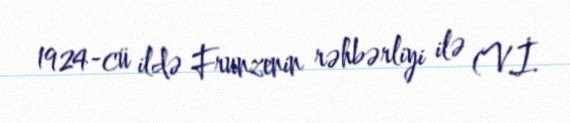
1924-cü ildə Frunzenin rəhbərliyi ilə (V.İ.